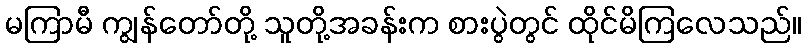
မကြာမီ ကျွန်တော်တို့ သူတို့အခန်းက စားပွဲတွင် ထိုင်မိကြလေသည်။